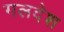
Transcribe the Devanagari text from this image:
गलदेश